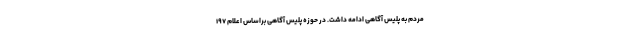
مردم به پلیس آگاهی ادامه داشت. در حوزه پلیس آگاهی براساس اعلام ۱۹۷